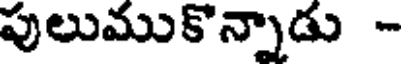
పులుముకొన్నాడు -